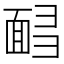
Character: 𩈟